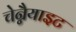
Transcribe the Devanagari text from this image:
चेन्नैयाइट